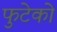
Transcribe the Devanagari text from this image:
फुटेको